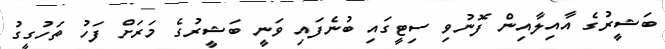
ބަޝީރުގެ އާއިލާއިން ފޮނުވި ސިޓީގައި ބުނެފައި ވަނީ ބަޝީރުގެ މަރަށް ފަހު ތަހުގީގު